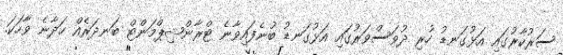
ސަރުކާރުގައި އަޅުގަނޑު ހުރި ދުވަސްވަރުގައި އަޅުގަނޑު ބުނެފައިވާނެ ޓްރާންޝިޕްމަންޓް ބަނދަރެއް ހަދާނެ ވާހަކަ.